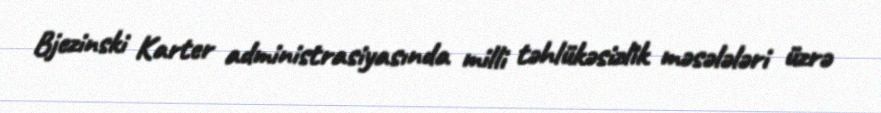
Bjezinski Karter administrasiyasında milli təhlükəsizlik məsələləri üzrə